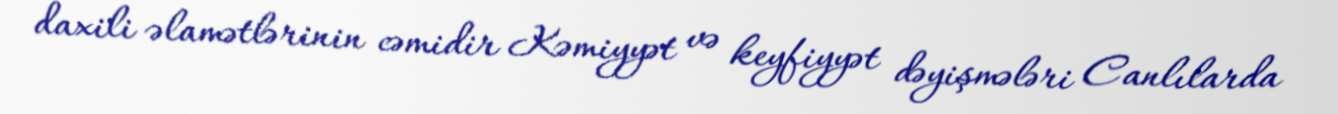
daxili əlamətlərinin cəmidir Kəmiyyət və keyfiyyət dəyişmələri Canlılarda